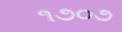
૧૭૦૭